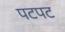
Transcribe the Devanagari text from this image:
पटपट